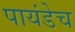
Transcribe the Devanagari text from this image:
पायंडेच